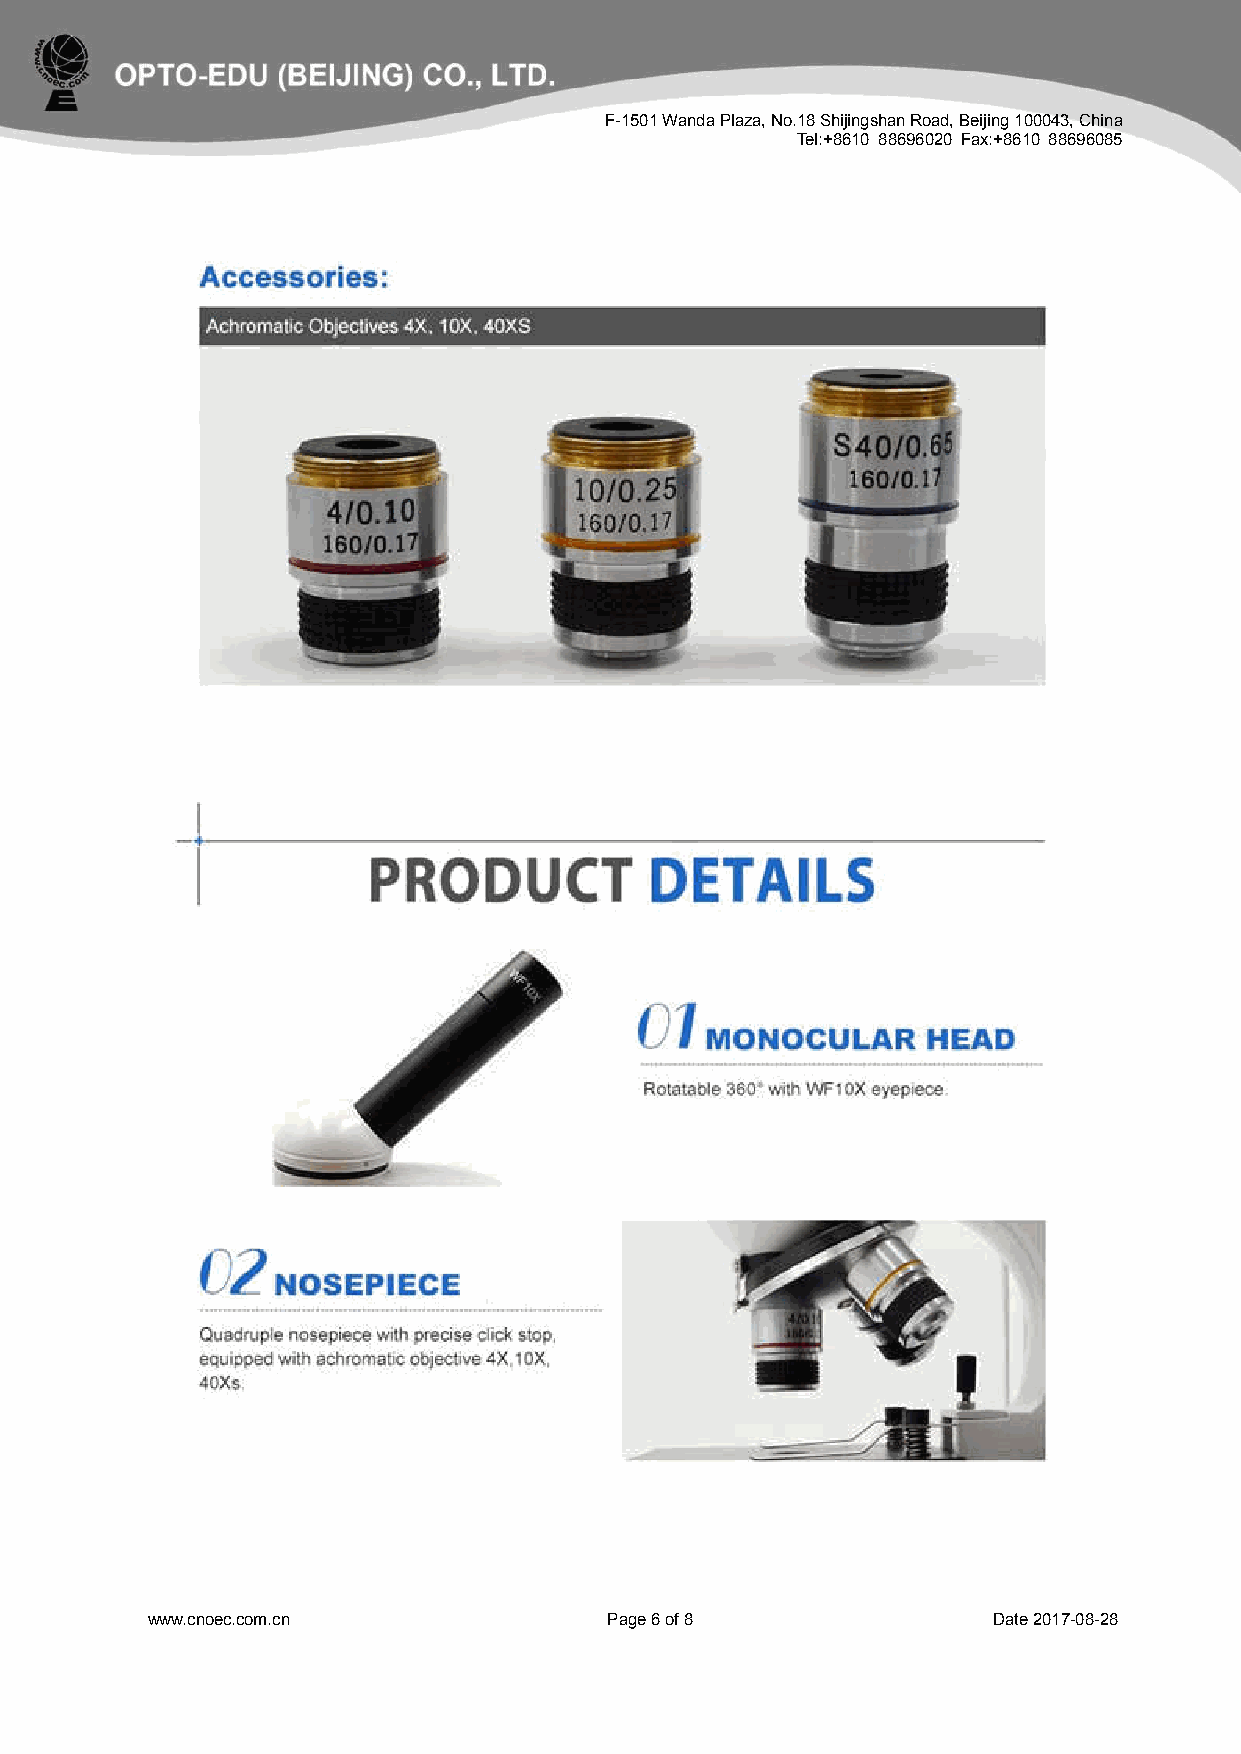
F-1501 Wanda Plaza, No.18 Shijingshan Road, Beijing 100043, China
 Tel:+8610 88696020 Fax:+8610 88696085
 www.cnoec.com.cn              Page 6 of 8               Date 2017-08-28